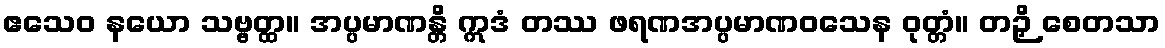
ဧသေဝ နယော သဗ္ဗတ္ထ။ အပ္ပမာဏန္တိ ဣဒံ တဿ ဖရဏအပ္ပမာဏဝသေန ဝုတ္တံ။ တဉှိ စေတသာ